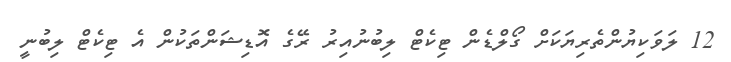
12 ލަވަކިޔުންތެރިޔަކަށް ގޯލްޑެން ޓިކެޓް ލިބުނުއިރު ރޭގެ އޮޑިޝަންތަކުން އެ ޓިކެޓް ލިބުނީ